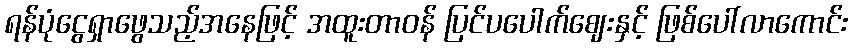
ရန်ပုံငွေရှာဖွေသည့်အနေဖြင့် အထူးတာဝန် ပြင်ပပေါက်ဈေးနှင့် ဖြစ်ပေါ်လာကောင်း